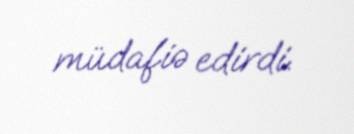
müdafiə edirdi.